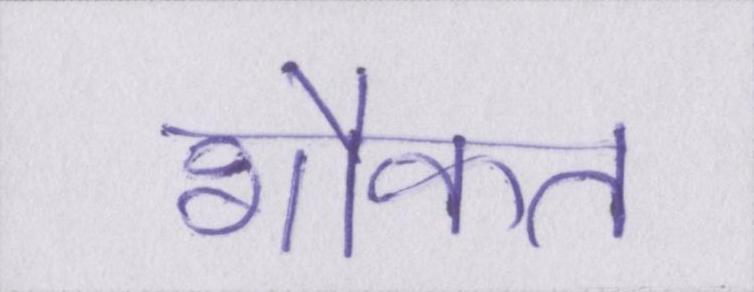
शौकत